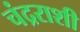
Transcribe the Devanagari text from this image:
चंद्रराशी